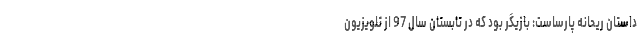
داستان ریحانه پارساست: بازیگر بود که در تابستان سال 97 از تلویزیون